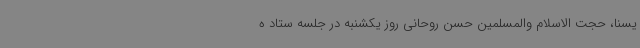
یسنا،‌ حجت الاسلام والمسلمین حسن روحانی روز یکشنبه در جلسه ستاد ه